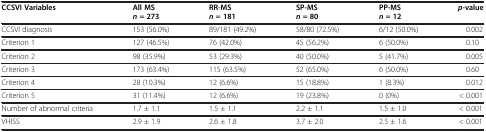
<table><thead><tr><td><b>CCSVI Variables</b></td><td><b>All MS <i>n</i>= 273</b></td><td><b>RR-MS <i>n</i>= 181</b></td><td><b>SP-MS <i>n</i>= 80</b></td><td><b>PP-MS <i>n</i>= 12</b></td><td><b><i>p</i>-value</b></td></tr></thead><tbody><tr><td>CCSVI diagnosis</td><td>153 (56.0%)</td><td>89/181 (49.2%)</td><td>58/80 (72.5%)</td><td>6/12 (50.0%)</td><td>0.002</td></tr><tr><td>Criterion 1</td><td>127 (46.5%)</td><td>76 (42.0%)</td><td>45 (56.2%)</td><td>6 (50.0%)</td><td>0.10</td></tr><tr><td>Criterion 2</td><td>98 (35.9%)</td><td>53 (29.3%)</td><td>40 (50.0%)</td><td>5 (41.7%)</td><td>0.005</td></tr><tr><td>Criterion 3</td><td>173 (63.4%)</td><td>115 (63.5%)</td><td>52 (65.0%)</td><td>6 (50.0%)</td><td>0.60</td></tr><tr><td>Criterion 4</td><td>28 (10.3%)</td><td>12 (6.6%)</td><td>15 (18.8%)</td><td>1 (8.3%)</td><td>0.012</td></tr><tr><td>Criterion 5</td><td>31 (11.4%)</td><td>12 (6.6%)</td><td>19 (23.8%)</td><td>0 (0%)</td><td>&lt; 0.001</td></tr><tr><td>Number of abnormal criteria</td><td>1.7 ± 1.1</td><td>1.5 ± 1.1</td><td>2.2 ± 1.1</td><td>1.5 ± 1.0</td><td>&lt; 0.001</td></tr><tr><td>VHISS</td><td>2.9 ± 1.9</td><td>2.6 ± 1.8</td><td>3.7 ± 2.0</td><td>2.5 ± 1.6</td><td>&lt; 0.001</td></tr></tbody></table>